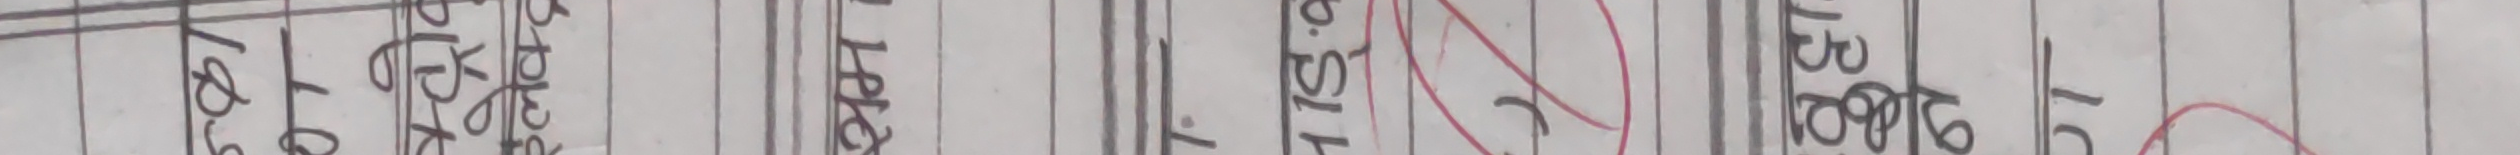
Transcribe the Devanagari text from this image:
9.  ८९४१